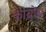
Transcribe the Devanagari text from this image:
कीब्रोस